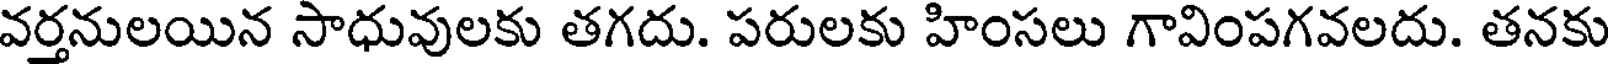
వర్తనులయిన సాధువులకు తగదు. పరులకు హింసలు గావింపగవలదు. తనకు